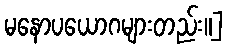
မနောပယောဂများတည်း။]